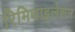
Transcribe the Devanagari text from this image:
रिमिथाइलेशन